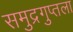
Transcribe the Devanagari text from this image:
समुद्रगुप्तला